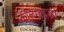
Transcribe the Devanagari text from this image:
केलिगाइडा